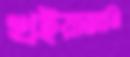
খইয়াজানি